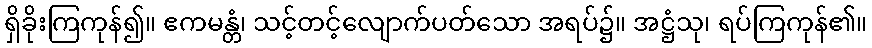
ရှိခိုးကြကုန်၍။ ဧကမန္တံ၊ သင့်တင့်လျောက်ပတ်သော အရပ်၌။ အဋ္ဌံသု၊ ရပ်ကြကုန်၏။